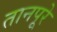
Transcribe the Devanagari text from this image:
तानपूरे